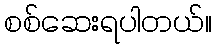
စစ်ဆေးရပါတယ်။